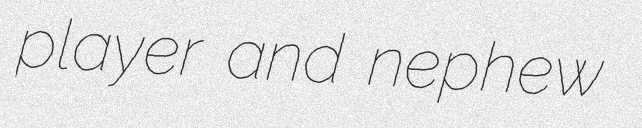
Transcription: player and nephew